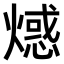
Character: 𤏘